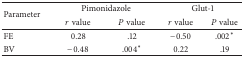
<table><thead><tr><td rowspan="2"><b>Parameter </b></td><td colspan="2"><b>Pimonidazole</b></td><td colspan="2"><b>Glut-1</b></td></tr><tr><td><b><i>r</i> value</b></td><td><b><i>P</i> value</b></td><td><b><i>r</i> value </b></td><td><b><i>P</i> value</b></td></tr></thead><tbody><tr><td>FE </td><td>0.28</td><td>.12</td><td>−0.50 </td><td>.002<sup><i>∗</i></sup></td></tr><tr><td>BV </td><td>−0.48</td><td>.004<sup><i>∗</i></sup></td><td>0.22 </td><td>.19</td></tr></tbody></table>